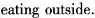
eating outside.